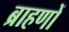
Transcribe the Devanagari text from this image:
ब्राहणों